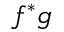
f ^ { \ast } g